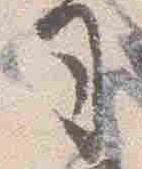
司